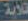
قلاية